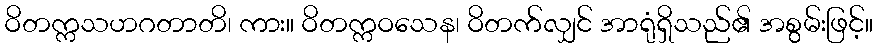
ဝိတက္ကသဟဂတာတိ၊ ကား။ ဝိတက္ကဝသေန၊ ဝိတက်လျှင် အာရုံရှိသည်၏ အစွမ်းဖြင့်။